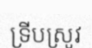
ទ្រីបស្រូវ